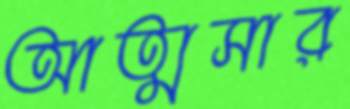
আত্মসার